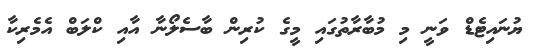
ޔުނައިޓެޑް ވަނީ މި މުބާރާތުގައި މީގެ ކުރިން ބާސެލޯނާ އާއި ކްލަބް އެމެރިކާ